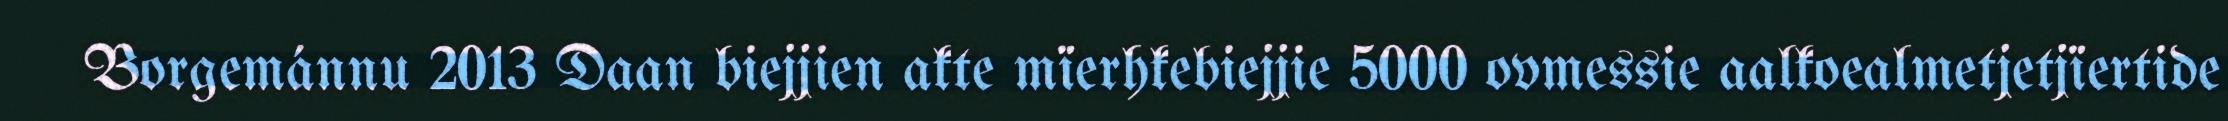
Borgemánnu 2013 Daan biejjien akte mïerhkebiejjie 5000 ovmessie aalkoealmetjetjïertide